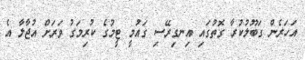
އަހަރެން ގަބޫލުކުރާ ގޮތުގައި އިނގިރޭސި ގައުމީ ޓީމުގެ ކުރިމަގު ވަރަށް އުޖާލާ އެ